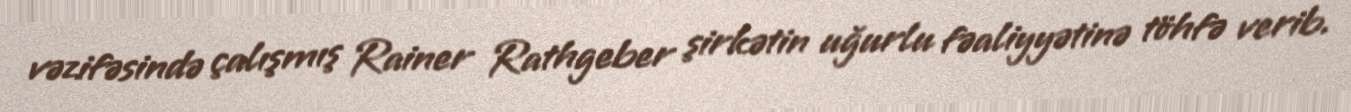
vəzifəsində çalışmış Rainer Rathgeber şirkətin uğurlu fəaliyyətinə töhfə verib.